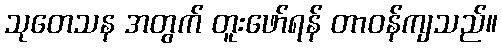
သုတေသန အတွက် တူးဖော်ရန် တာဝန်ကျသည်။